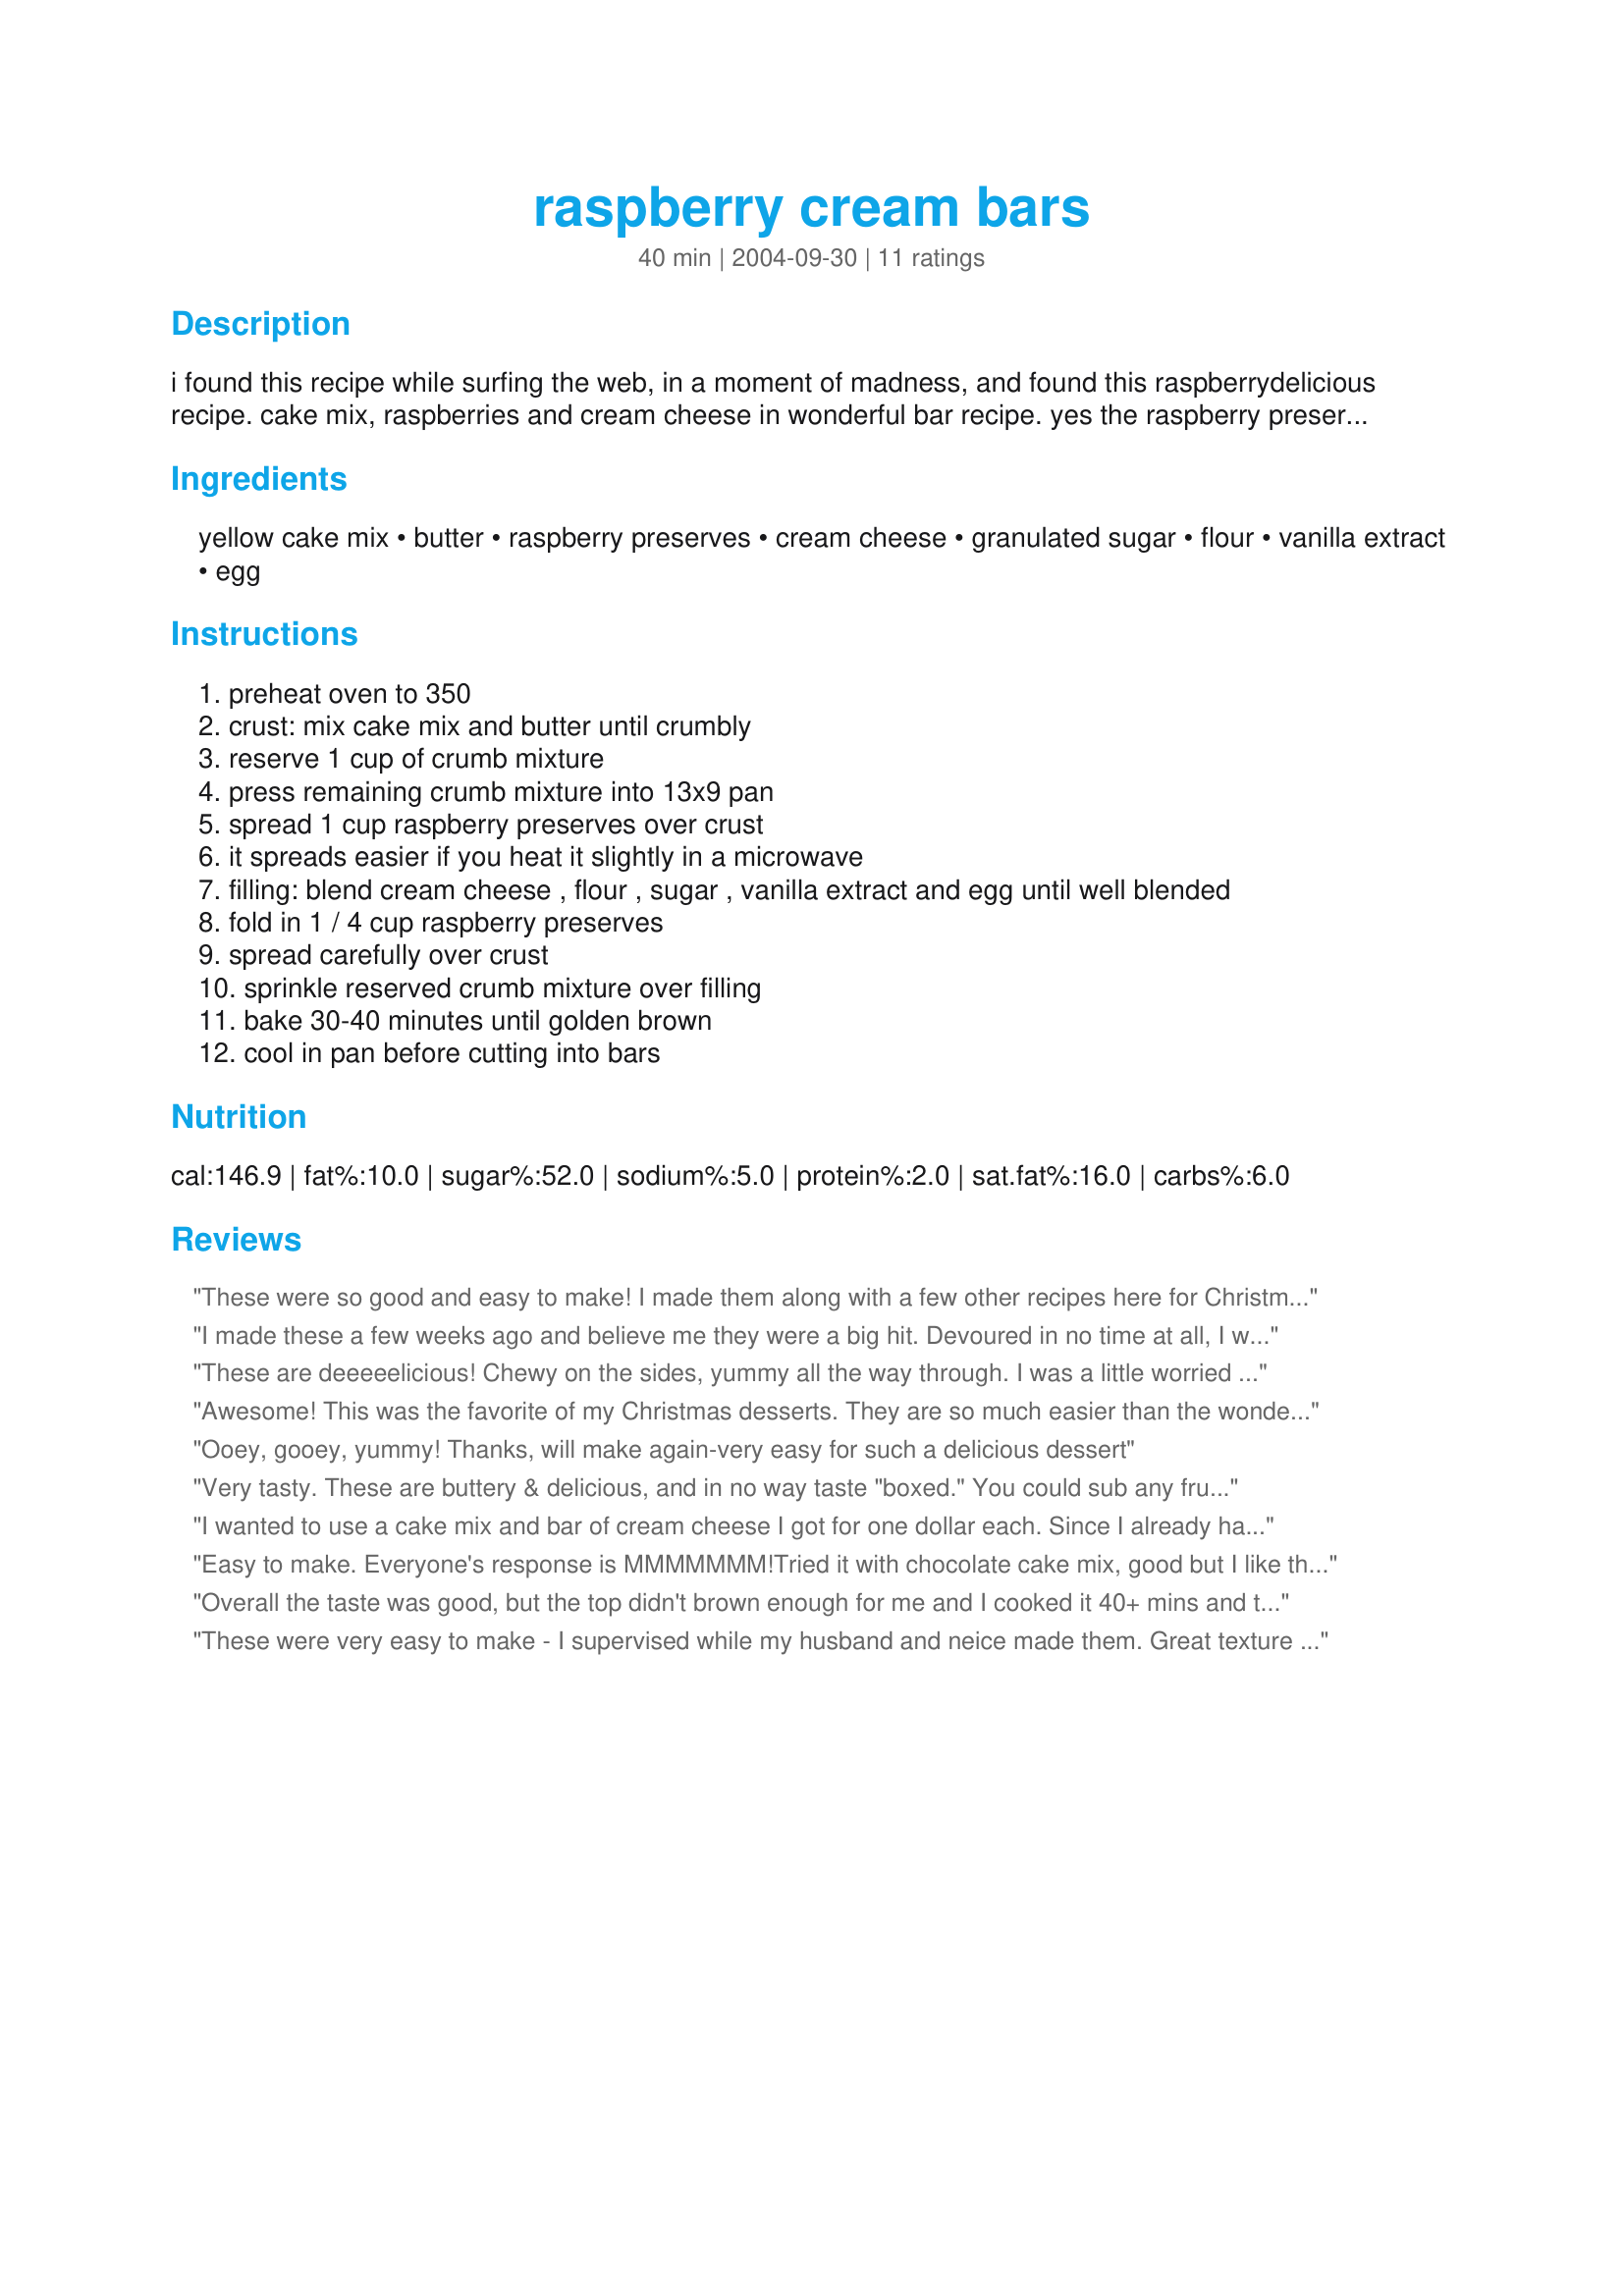
raspberry cream bars
Preparation time: 40 minutes

i found this recipe while surfing the web, in a moment of madness, and found this raspberrydelicious recipe. cake mix, raspberries and cream cheese in wonderful bar recipe. yes the raspberry preserves are listed twice.

Ingredients:
yellow cake mix, butter, raspberry preserves, cream cheese, granulated sugar, flour, vanilla extract, egg

Steps:
preheat oven to 350
crust: mix cake mix and butter until crumbly
reserve 1 cup of crumb mixture
press remaining crumb mixture into 13x9 pan
spread 1 cup raspberry preserves over crust
it spreads easier if you heat it slightly in a microwave
filling: blend cream cheese , flour , sugar , vanilla extract and egg until well blended
fold in 1 / 4 cup raspberry preserves
spread carefully over crust
sprinkle reserved crumb mixture over filling
bake 30-40 minutes until golden brown
cool in pan before cutting into bars

Reviews:
These were so good and easy to make! I made them along with a few other recipes here for Christmas. The butter taste really came through, and the raspberry taste was not overwhelming, as I thought it might be. The best compliment I got was from my nephew, who grabbed one off the table and after finishing the bar said "these are fantastic!" He absolutely hates cream cheese, and refuses to eat anything with that ingredient! I didn't have the heart to tell him there was cream cheese in them! Thanks for posting this...I'm sure I'll be making these every Christmas, and a few other times of the year as well!
I made these a few weeks ago and believe me they were a big hit. Devoured in no time at all, I will be making these again.
These are deeeeelicious! Chewy on the sides, yummy all the way through. I was a little worried that the raspberry preserves would be overpowering, but I was so wrong! These will be made many more times I'm sure. :-)
Awesome! This was the favorite of my Christmas desserts. They are so much easier than the wonderful flavor suggests. I will definitely be making these again! Thank you!
Ooey, gooey, yummy! Thanks, will make again-very easy for such a delicious dessert
Very tasty. These are buttery & delicious, and in no way taste "boxed." You could sub any fruit-preserve flavor you wanted -- the raspberry flavor wasn't strong -- and they would be great, too. I served these as a quick dessert during a monthly girls card night; I'll make these again.
I wanted to use a cake mix and bar of cream cheese I got for one dollar each. Since I already had the other ingredients these raspberry cream bars were super inexpensive to make! Also, they taste really delicious. They are the perfect blend of cream cheese, raspberry and cake! I recommend this recipe.
Easy to make. Everyone's response is MMMMMMM!Tried it with chocolate cake mix, good but I like thhe Yellow best.
Overall the taste was good, but the top didn't brown enough for me and I cooked it 40+ mins and they were difficult to serve. I was hoping they would be thicker and stay together better. I loved the taste of the creamy layer and the preserves yumm!
These were very easy to make - I supervised while my husband and neice made them. Great texture and taste. I think I might try it with chocolate cake next time. Quick and Tasty - a GREAT recipe.
I have made these several times now and feel they deserve my rating. They are absolutely delicious. I made them the first time because I had an open jar of raspberry jam that I needed to use up. These went together in a flash. I brought then into the office and they did not last 30 minutes and they were gone. I will have to take a picture next time and post it. Love these, thanks for posting. This is a keeper
